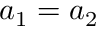
a _ { 1 } = a _ { 2 }